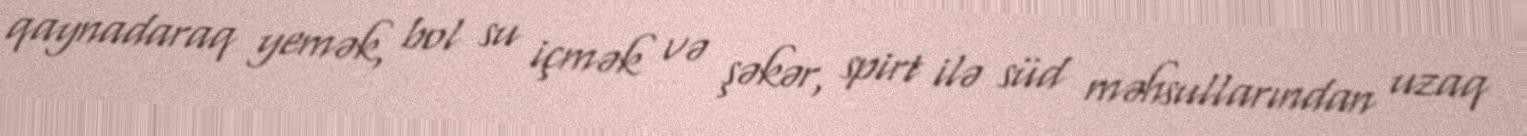
qaynadaraq yemək, bol su içmək və şəkər, spirt ilə süd məhsullarından uzaq